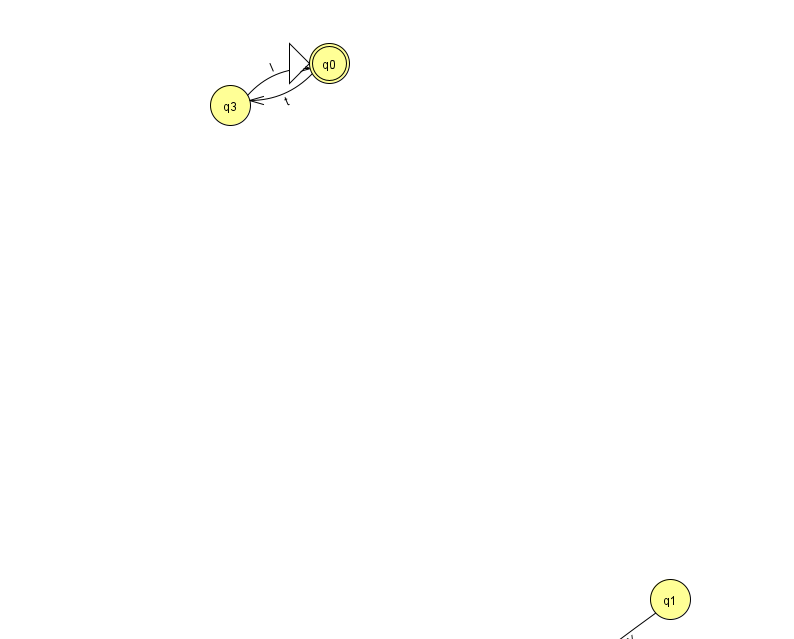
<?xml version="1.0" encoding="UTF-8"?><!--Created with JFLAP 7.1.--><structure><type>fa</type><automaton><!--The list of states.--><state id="0" name="q0"><x>329.0</x><y>50.0</y><initial/><final/></state><state id="1" name="q1"><x>670.0</x><y>586.0</y></state><state id="3" name="q3"><x>230.0</x><y>92.0</y></state><state id="4" name="q4"><x>581.0</x><y>651.0</y></state><!--The list of transitions.--><transition><from>1</from><to>4</to><read>Y</read></transition><transition><from>0</from><to>3</to><read>t</read></transition><transition><from>3</from><to>0</to><read>l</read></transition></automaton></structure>